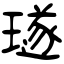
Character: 璲